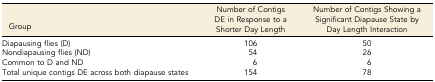
| Group | Number of Contigs DE in Response to a Shorter Day Length | Number of Contigs Showing a Significant Diapause State by Day Length Interaction |
 | --- | --- | --- |
 | Diapausing flies (D) | 106 | 50 |
 | Nondiapausing flies (ND) | 54 | 26 |
 | Common to D and ND | 6 | 6 |
 | Total unique contigs DE across both diapause states | 154 | 78 |